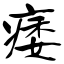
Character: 痿